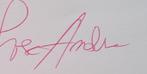
Signature authenticity: genuine